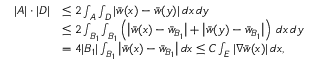
\begin{array} { r l } { | A | \cdot | D | } & { \le 2 \int _ { A } \int _ { D } | \bar { w } ( x ) - \bar { w } ( y ) | \, d x \, d y } \\ & { \le 2 \int _ { B _ { 1 } } \int _ { B _ { 1 } } \left( \big | \bar { w } ( x ) - \bar { w } _ { B _ { 1 } } \big | + \big | \bar { w } ( y ) - \bar { w } _ { B _ { 1 } } \big | \right) \, d x \, d y } \\ & { = 4 | B _ { 1 } | \int _ { B _ { 1 } } \big | \bar { w } ( x ) - \bar { w } _ { B _ { 1 } } \big | \, d x \le C \int _ { E } | \nabla \bar { w } ( x ) | \, d x , } \end{array}